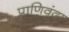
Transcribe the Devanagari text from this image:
प्राणिवृंदा